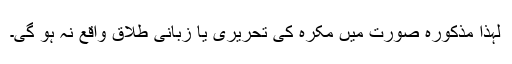
لہٰذا مذکورہ صورت میں مکرہ کی تحریری یا زبانی طلاق واقع نہ ہو گی۔